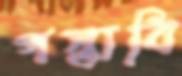
পস্তাবি